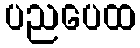
ပညပေထ